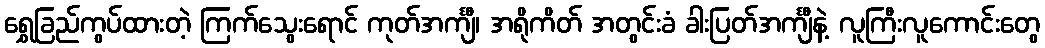
ရွှေခြည်ကွပ်ထားတဲ့ ကြက်သွေးရောင် ကုတ်အင်္ကျီ၊ အရိုကိတ် အတွင်းခံ ခါးပြတ်အင်္ကျီနဲ့ လူကြီးလူကောင်းတွေ